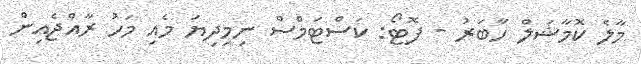
މާލެ ކޮމާޝަލް ހާބަރު - ފޮޓޯ: ކަސްޓަމްސް ނިމިދިޔަ މެއި މަހު ރާއްޖެއިން